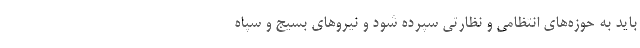
باید به حوزه‌های انتظامی و نظارتی سپرده شود و نیروهای بسیج و سپاه